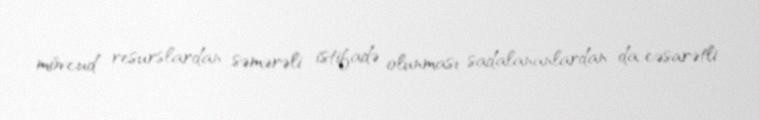
mövcud resurslardan səmərəli istifadə olunması sadalananlardan da cəsarətli